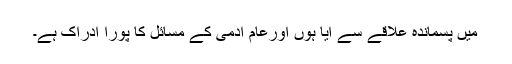
میں پسماندہ علاقے سے آیا ہوں اورعام آدمی کے مسائل کا پورا ادراک ہے۔